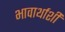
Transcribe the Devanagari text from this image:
भावार्थाशी